Scientific memoirs by medical officers of the Army of India - Part III,
Year: 1887
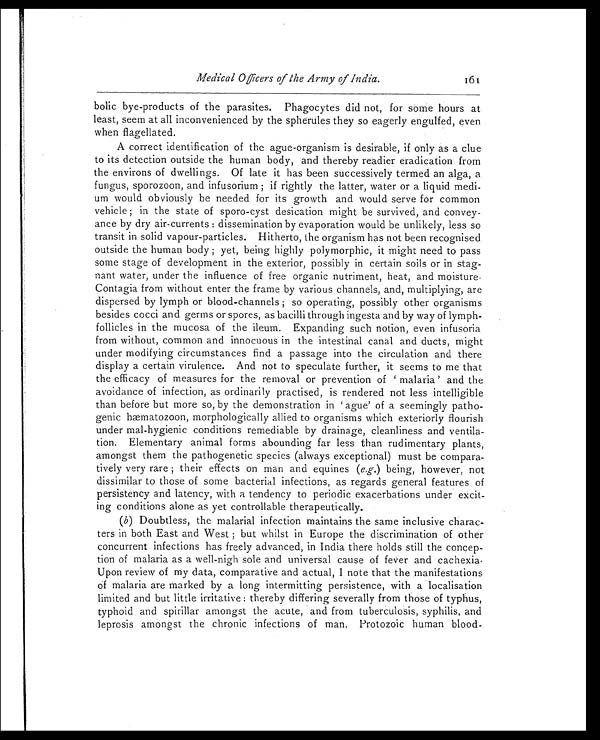
Medical Officers of the Army of India. 161
bolic bye-products of the parasites. Phagocytes did not, for some hours at
least, seem at all inconvenienced by the spherules they so eagerly engulfed, even
when flagellated.
A correct identification of the ague-organism is desirable, if only as a clue
to its detection outside the human body, and thereby readier eradication from
the environs of dwellings. Of late it has been successively termed an alga, a
fungus, sporozoon, and infusorium ; if rightly the latter, water or a liquid medi--
um would obviously be needed for its growth and would serve for common
vehicle ; in the state of sporo-cyst desication might be survived, and convey--
ance by dry air-currents : dissemination by evaporation would be unlikely, less so
transit in solid vapour-particles. Hitherto, the organism has not been recognised
outside the human body ; yet, being highly polymorphic, it might need to pass
some stage of development in the exterior, possibly in certain soils or in stag--
nant water, under the influence of free organic nutriment, heat, and moisture.
Contagia from without enter the frame by various channels, and, multiplying, are
dispersed by lymph or blood-channels ; so operating, possibly other organisms
besides cocci and germs or spores, as bacilli through ingesta and by way of lymph-
follicles in the mucosa of the ileum. Expanding such notion, even infusoria
from without, common and innocuous in the intestinal canal and ducts, might
under modifying circumstances find a passage into the circulation and there
display a certain virulence. And not to speculate further, it seems to me that
the efficacy of measures for the removal or prevention of ‘malaria’ and the
avoidance of infection, as ordinarily practised, is rendered not less intelligible
than before but more so, by the demonstration in ‘ague’ of a seemingly patho--
genic hæmatozoon, morphologically allied to organisms which exteriorly flourish
under mal-hygienic conditions remediable by drainage, cleanliness and ventila--
tion. Elementary animal forms abounding far less than rudimentary plants,
amongst them the pathogenetic species (always exceptional) must be compara--
tively very rare ; their effects on man and equines ( e.g. ) being, however, not
dissimilar to those of some bacterial infections, as regards general features of
persistency and latency, with a tendency to periodic exacerbations under excit--
ing conditions alone as yet controllable therapeutically.
( b ) Doubtless, the malarial infection maintains the same inclusive charac--
ters in both East and West ; but whilst in Europe the discrimination of other
concurrent infections has freely advanced, in India there holds still the concep--
tion of malaria as a well-nigh sole and universal cause of fever and cachexia.
Upon review of my data, comparative and actual, I note that the manifestations
Of malaria are marked by a long intermitting persistence, with a localisation
limited and but little irritative : thereby differing severally from those of typhus,
typhoid and spirillar amongst the acute, and from tuberculosis, syphilis, and
leprosis amongst the chronic infections of man. Protozoic human blood-